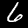
Digit: 6